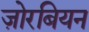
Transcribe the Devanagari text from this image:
ज़ोरबियन